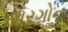
સારગોન